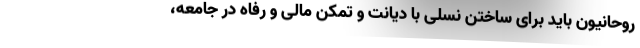
روحانیون باید برای ساختن نسلی با دیانت و تمکن مالی و رفاه در جامعه،